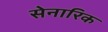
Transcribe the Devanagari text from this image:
सेनारिक